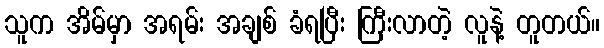
သူက အိမ်မှာ အရမ်း အချစ် ခံရပြီး ကြီးလာတဲ့ လူနဲ့ တူတယ်။